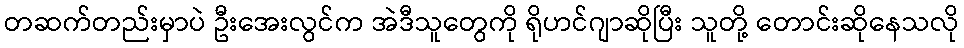
တဆက်တည်းမှာပဲ ဦးအေးလွင်က အဲဒီသူတွေကို ရိုဟင်ဂျာဆိုပြီး သူတို့ တောင်းဆိုနေသလို